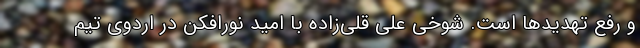
و رفع تهدیدها است. شوخی علی قلی‌زاده با امید نورافکن در اردوی تیم